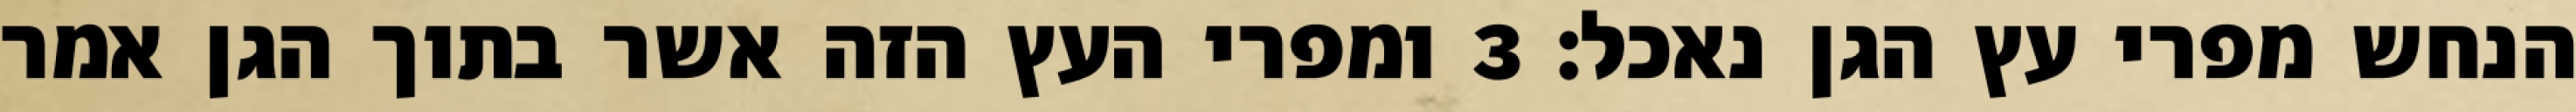
הנחש מפרי עץ הגן נאכל׃ ‎3‏ ומפרי העץ הזה אשר בתוך הגן אמר